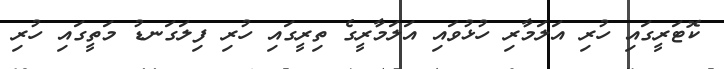
ކޮޓަރީގައި ހުރި އަލަމާރި ހުޅުވައި އަލަމާރީގެ ތިރީގައި ހުރި ފިލަގަނޑު މަތީގައި ހުރި